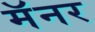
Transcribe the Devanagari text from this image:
मॅनर